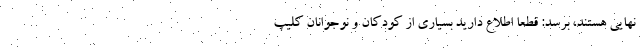
نهایی هستند، برسد: قطعاً اطلاع دارید بسیاری از کودکان و نوجوانان کلیپ